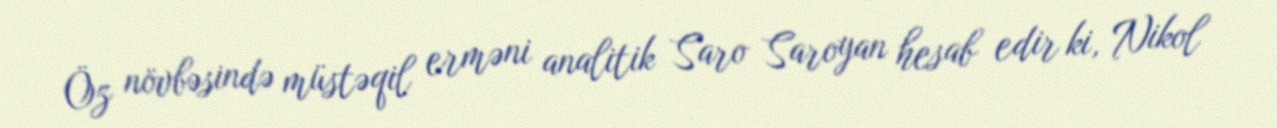
Öz növbəsində müstəqil erməni analitik Saro Saroyan hesab edir ki, Nikol